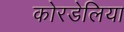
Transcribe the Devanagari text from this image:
कोरडेलिया